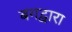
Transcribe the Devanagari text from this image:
बगद्वारा